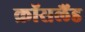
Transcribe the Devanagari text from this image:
क्रॉसलैंड